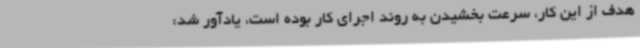
هدف از این کار، سرعت بخشیدن به روند اجرای کار بوده است، یادآور شد: